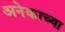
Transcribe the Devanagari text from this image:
अनेकाच्या